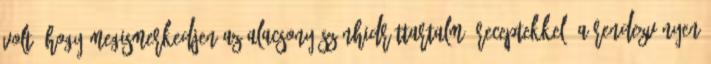
volt, hogy megismerkedjen az alacsony szénhidráttartalmú receptekkel. A rendezvényen